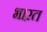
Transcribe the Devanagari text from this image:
भाऱत